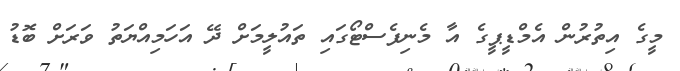
މީގެ އިތުރުން އެމްޑީޕީގެ އާ މެނިފެސްޓޯގައި ތައުލީމަށް ދޭ އަހަމިއްޔަތު ވަރަށް ބޮޑު